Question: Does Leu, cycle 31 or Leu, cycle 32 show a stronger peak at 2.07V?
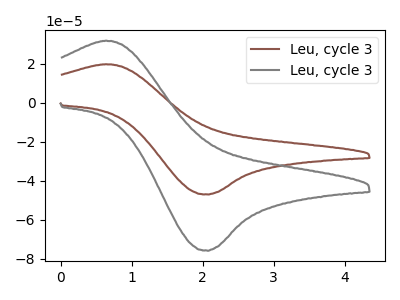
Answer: <think>The brown curve "Leu, cycle 31" has an anodic peak at (0.65V, 19.70uA) and a cathodic peak at (2.05V, -47.05uA). The gray curve "Leu, cycle 32" has an anodic peak at (0.65V, 31.75uA) and a cathodic peak at (2.05V, -75.80uA).</think>
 <answer>The peak at 2.07V is lower in "Leu, cycle 31" than in "Leu, cycle 32".</answer>
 <eval>lower</eval>